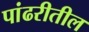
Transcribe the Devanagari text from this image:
पांढरीतील